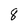
Character: 8